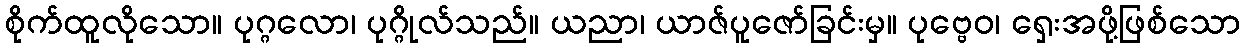
စိုက်ထူလိုသော။ ပုဂ္ဂလော၊ ပုဂ္ဂိုလ်သည်။ ယညာ၊ ယာဇ်ပူဇော်ခြင်းမှ။ ပုဗ္ဗေဝ၊ ရှေးအဖို့ဖြစ်သော